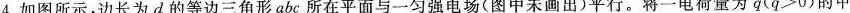
4.如图所示，边长为d的等边三角形abc所在平面与一匀强电场(图中未画出)平行。将一电荷量为q($$q>0$$)的甲